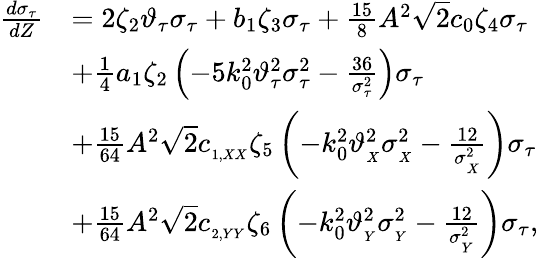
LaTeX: \begin{array}{rl}{\frac{d\sigma_{\tau}}{dZ}}&{=2\zeta_{2}\vartheta_{\tau}\sigma_{\tau}+b_{1}\zeta_{3}\sigma_{\tau}+\frac{15}{8}A^{2}\sqrt{2}c_{0}\zeta_{4}\sigma_{\tau}}\\ &{+\frac{1}{4}a_{1}\zeta_{2}\left(-5k_{0}^{2}\vartheta_{\tau}^{2}\sigma_{\tau}^{2}-\frac{36}{\sigma_{\tau}^{2}}\right)\sigma_{\tau}}\\ &{+\frac{15}{64}A^{2}\sqrt{2}c_{_{1,XX}}\zeta_{5}\left(-k_{0}^{2}\vartheta_{_{X}}^{2}\sigma_{_X}^{2}-\frac{12}{\sigma_{_X}^{2}}\right)\sigma_{\tau}}\\ &{+\frac{15}{64}A^{2}\sqrt{2}c_{_{2,YY}}\zeta_{6}\left(-k_{0}^{2}\vartheta_{_{Y}}^{2}\sigma_{_Y}^{2}-\frac{12}{\sigma_{_Y}^{2}}\right)\sigma_{\tau},}\end{array}